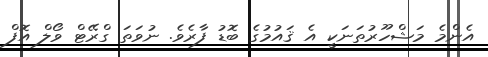
އެންމެ މަޝްހޫރުތަނަކީ އެ ޤައުމުގެ ބޮޑު ފާރެވެ. ނުވަތަ ގްރޭޓް ވޯލް އޮފް